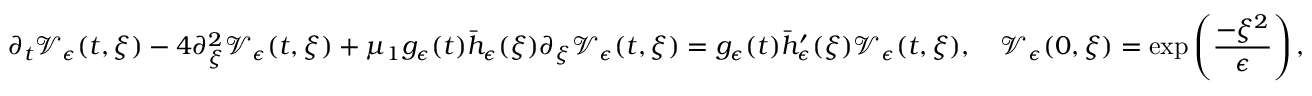
\partial _ { t } \mathcal { V } _ { \epsilon } ( t , \xi ) - 4 \partial _ { \xi } ^ { 2 } \mathcal { V } _ { \epsilon } ( t , \xi ) + \mu _ { 1 } g _ { \epsilon } ( t ) \bar { h } _ { \epsilon } ( \xi ) \partial _ { \xi } \mathcal { V } _ { \epsilon } ( t , \xi ) = g _ { \epsilon } ( t ) \bar { h } _ { \epsilon } ^ { \prime } ( \xi ) \mathcal { V } _ { \epsilon } ( t , \xi ) , \quad \mathcal { V } _ { \epsilon } ( 0 , \xi ) = \exp \left( \frac { - \xi ^ { 2 } } { \epsilon } \right) ,